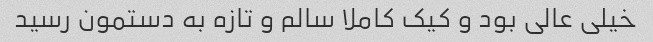
خیلی عالی بود و کیک کاملا سالم و تازه به دستمون رسید